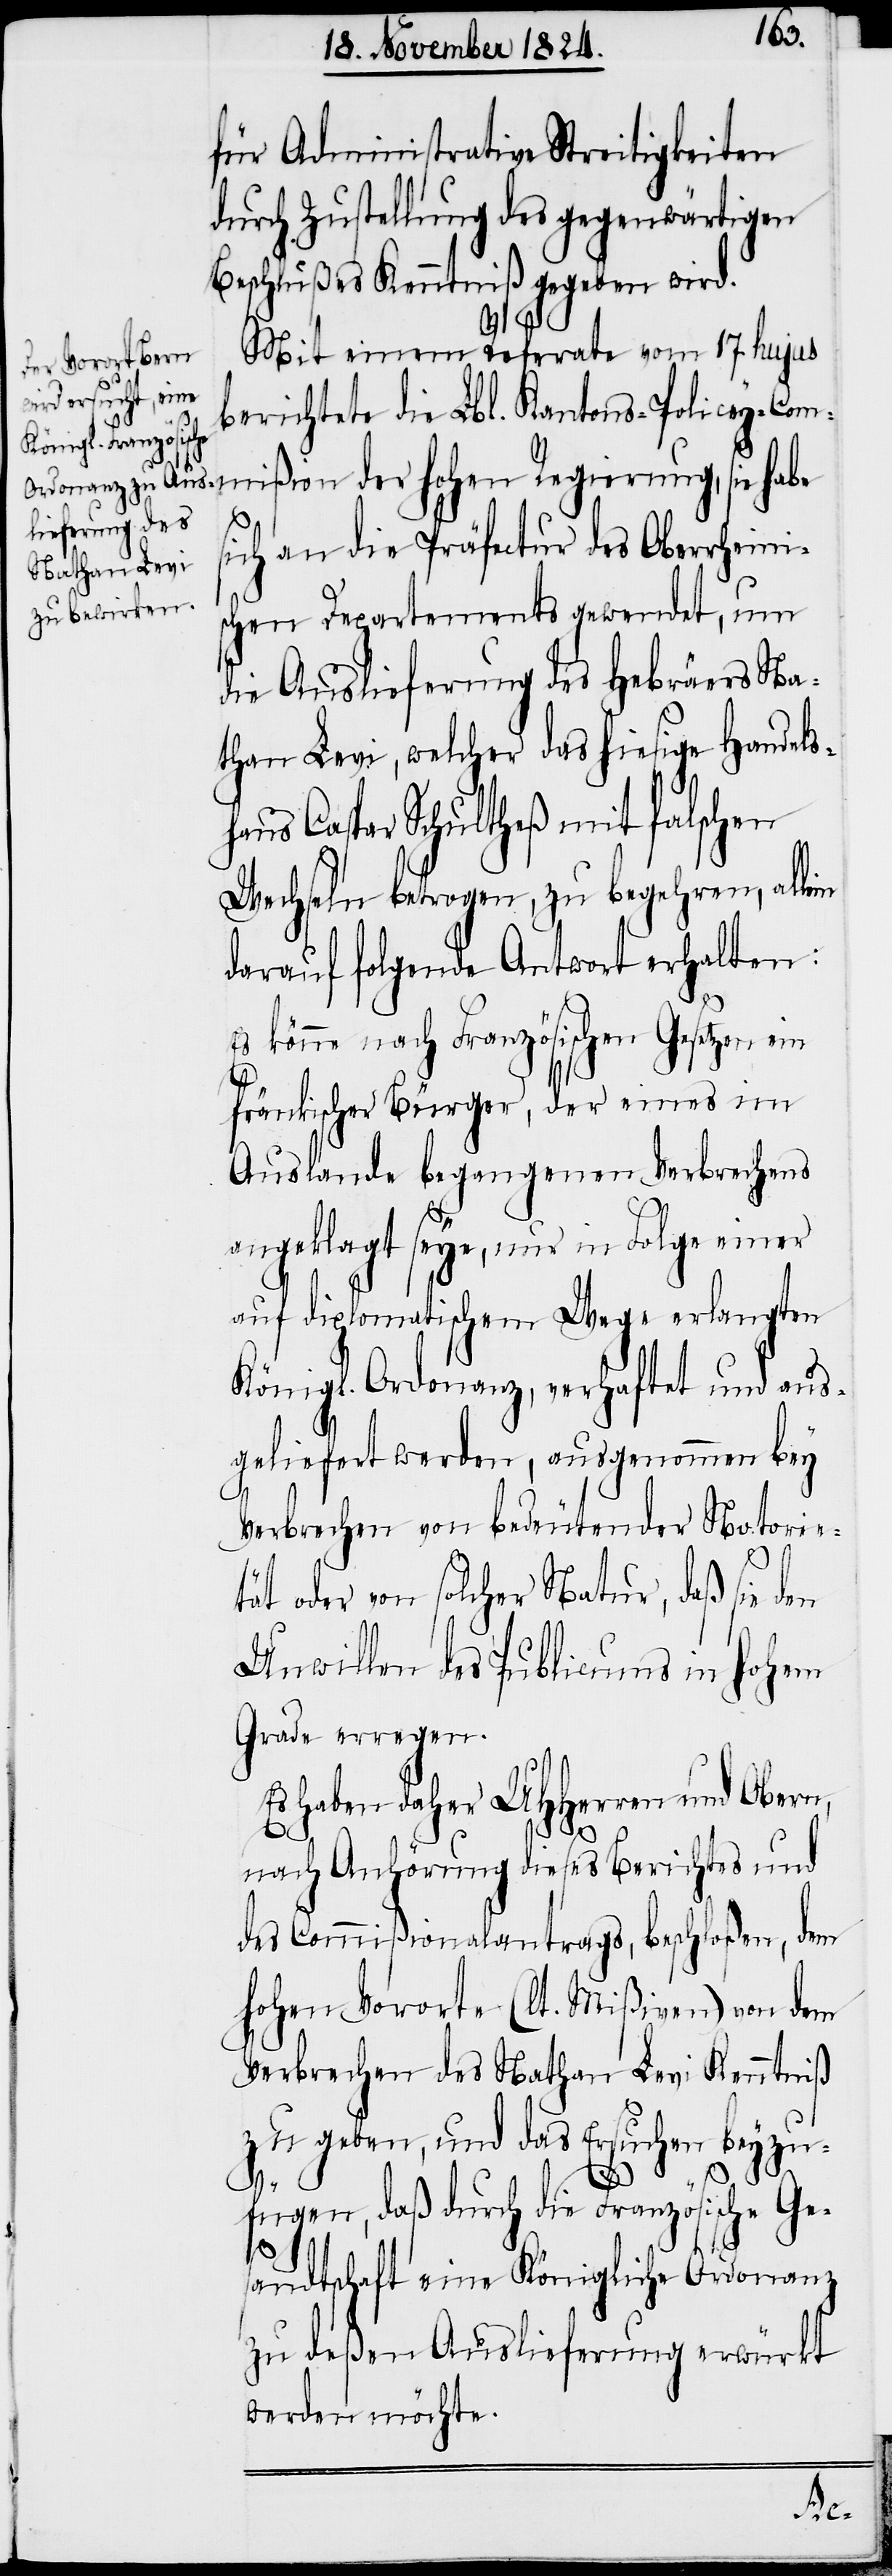
für Administrative Streitigkeiten
durch Zustellung des gegenwärtigen
Beschlußes Kenntniß gegeben wird.
Mit einem Referate vom 17. hujus
berichtete die Lbl. Kantons-Policey-Com¬
mißion der hohen Regierung, sie habe
in
ich an die Präfectur des Oberrheinis¬
chen Departements gewendet, um
die Auslieferung des Hebräers Na¬
than Levi, welcher das hiesige Handels¬
haus Caspar Schultheß mit falschen
Wechseln betrogen, zu begehren, alle¬
darauf folgende Antwort erhalten:
Es könne nach Französischen Gesetzen ein
fränkischer Bürger, der eines im
Auslande begangnen Verbrechens
angeklagt seye, nur in Folge einer
auf diplomatischem Wege erlangten
Königl. Ordonanz, verhaftet und aus¬
geliefert werden, ausgenommen bey
Verbrechen von bedeutender Notori¬
tät oder von solcher Natur, daß sie den
Unwillen des Publicums in hohem
Grade erregen.
Es haben daher UHHerren und Obern,
nach Anhörung dieses Berichtes und
des Commißionalantrags, beschloßen, dem
hohen Vororte (lt. Mißiven) von dem
Verbrechen des Nathan Levi Kenntniß
zu geben, und das Ersuchen beyzu¬
fügen, daß durch die Französische Ge¬
sandtschaft eine Königlichen Ordonanz
zu deßen Auslieferung erwürkt
werden möchte.